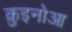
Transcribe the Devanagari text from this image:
क़ुइनोआ